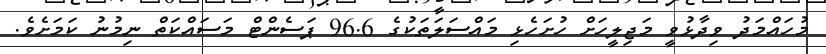
މުހައްމަދު ވިދާޅުވީ މަޖިލީހަށް ހުށަހެޅި މައްސަލަތަކުގެ 96.6 ޕަސެންޓް މަސައްކަތް ނިމުނު ކަމަށެވެ.